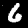
Label: 6